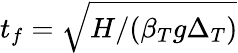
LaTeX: t_{f}=\sqrt{H/(\beta_{T}g\Delta_{T})}